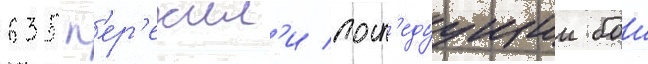
635 п'ер'ежил'и посл'едуущии бои